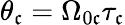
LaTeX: \theta_{\mathfrak{c}}=\Omega_{0\mathfrak{c}}\tau_{\mathfrak{c}}